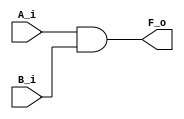
module and_gate(
    input   A_i,
    input   B_i,
    output  F_o
);

    assign  F_o = A_i & B_i;

endmodule